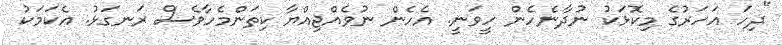
"ދިހަ އަހަރުގެ މިކޮޅަކު ނުދާނެހެން ހީވަނީ. އެހެން ނުވެއްޖިއްޔާ ކިތަންމެހާވެސް ރަނގަޅު. އެކަމަކު